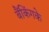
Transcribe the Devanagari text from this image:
बैंकिंगके